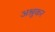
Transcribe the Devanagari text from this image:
अश्रुकर